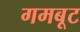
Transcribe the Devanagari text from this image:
गमबूट